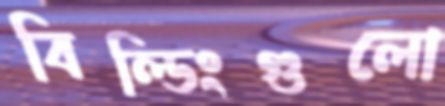
বিল্ডিংগুলো